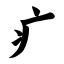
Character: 疒